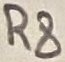
Text: R8